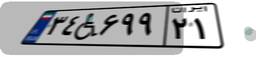
۳۴W۶۹۹۲۱